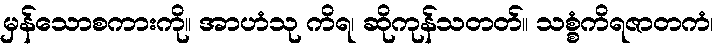
မှန်သောစကားကို။ အာဟံသု ကိရ၊ ဆိုကုန်သတတ်။ သစ္စံကိရဇာတကံ၊